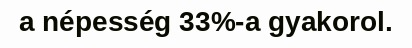
a népesség 33%-a gyakorol.